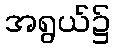
အရွယ်၌